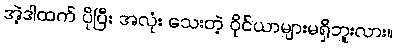
အဲ့ဒါထက် ပိုပြီး အလုံး သေးတဲ့ ဝိုင်ယာများမရှိဘူးလား။